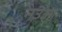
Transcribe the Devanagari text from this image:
नउआ